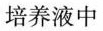
培养液中